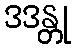
ဒဒန္တု